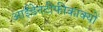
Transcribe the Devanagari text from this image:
आईडेनटीफीकाक्यो